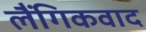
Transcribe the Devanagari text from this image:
लैंगिकवाद